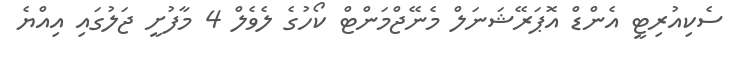
ސެކިއުރިޓީ އެންޑް އޮޕަރޭޝަނަލް މެނޭޖްމަންޓް ކޯހުގެ ލެވެލް 4 މާފުށީ ޖަލުގައި އިއްޔެ